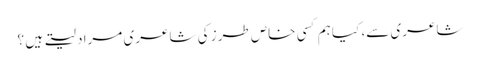
شاعری سے، کیا ہم کسی خاص طرز کی شاعری مراد لیتے ہیں ؟